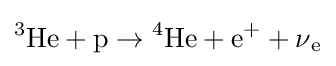
{^{3}}{\text{He}}+{\text{p}}\to {^{4}}{\text{He}}+{\text{e}}^{+}+\operatorname {\nu } _{\text{e}}